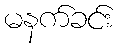
မနက်ခင်း